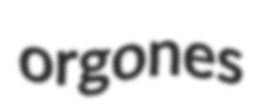
orgones